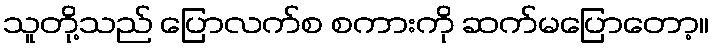
သူတို့သည် ပြောလက်စ စကားကို ဆက်မပြောတော့။